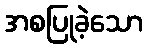
အစပြုခဲ့သော